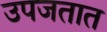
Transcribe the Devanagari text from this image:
उपजतात